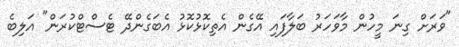
"ވަރަށް ގިނަ މީހުން މާވަހަރު ބަލާފައި އޭގެން އެތިކޮޅުކޮޅު އެބަގެންދޭ ޓެސްޓްކުރަން" އަލިބެ